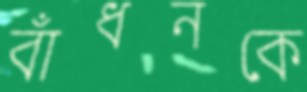
বাঁধনকে